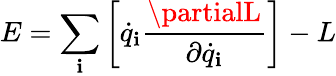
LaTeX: E=\sum_{\mathbf{i}}\left[{\dot{{q}}}_{\mathbf{i}}{\frac{{\partialL}}{{\partial{\dot{{q}}}_{\mathbf{i}}}}}\right]-L